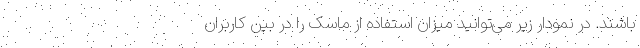
باشند. در نمودار زیر می‌توانید میزان استفاده از ماسک را در بین کاربران